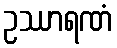
ဥဿာရဏံ